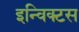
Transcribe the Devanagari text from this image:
इन्विक्टस